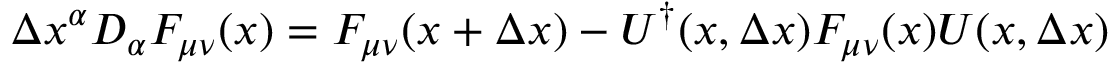
\Delta x ^ { \alpha } D _ { \alpha } F _ { \mu \nu } ( x ) = F _ { \mu \nu } ( x + \Delta x ) - U ^ { \dagger } ( x , \Delta x ) F _ { \mu \nu } ( x ) U ( x , \Delta x )